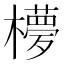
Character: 𣟃